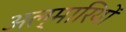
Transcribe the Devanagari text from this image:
अल्मारियों